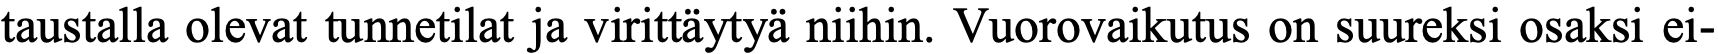
taustalla olevat tunnetilat ja virittäytyä niihin. Vuorovaikutus on suureksi osaksi ei-